Leaving Certificate Examination, 1914
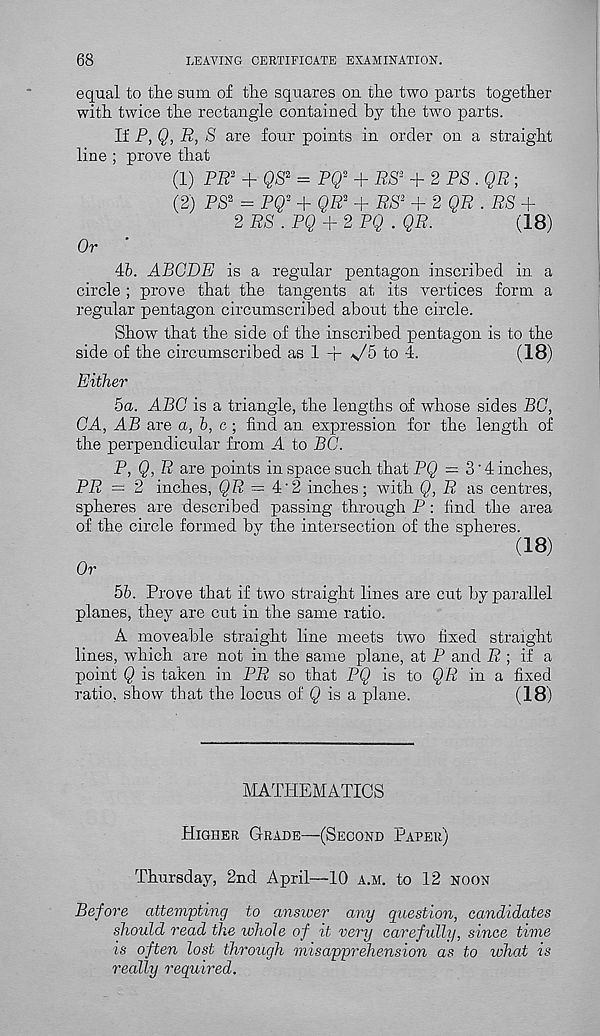
68
LEAVING CERTIFICATE EXAMINATION.
equal to the sum of the squares on the two parts together
with twice the rectangle contained by the two parts.
If P, Q, R, S are four points in order on a straight
line ; prove that
(1) PR 2 + QS 2 = PQ 2
RS ! + 2 PS. QR;
(2) PS 2 = PQ 2 + QR 2 + RS 2 + 2QR .RS +
2 RS . PQ + 2 PQ . QR.
(18)
Or
46. ABODE is a regular pentagon inscribed in a
circle ; prove that the tangents at its vertices form a
regular pentagon circumscribed about the circle.
Show that the side of the inscribed pentagon is to the
side of the circumscribed as 1 + s/5 to 4.
(18)
Either
5a. ABC is a triangle, the lengths of whose sides BG,
CA, AB are a, b, c; find an expression for the length of
the perpendicular from A to BO.
P, Q, R are points in space such that PQ = 3'4 inches,
PR = 2 inches, QR = 4'2 inches; with Q, R as centres,
spheres are described passing through P : find the area
of the circle formed by the intersection of the spheres.
(18)
Or
56. Prove that if two straight lines are cut by parallel
planes, they are cut in the same ratio.
A moveable straight line meets two fixed straight
lines, which are not in the same plane, at P and R ; if a
point Q is taken in PR so that PQ is to QR in a fixed
ratio, show that the locus of 0 is a plane.
(18)
MATHEMATICS
Higher Grade—(Second Paper)
Thursday, 2nd April—10 a.m. to 12 noon
Before attempting to answer any question, candidates
should read the whole of it very carefully, since time
is often lost through misapprehension as to what is
really required.